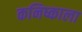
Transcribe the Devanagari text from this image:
कनिष्काला